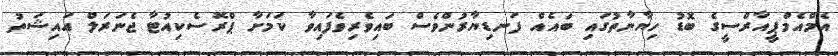
އެމްއެމްޕީއާރްސީގެ ބޮޑު ހިޔާނާތުގައި ބައެއް ފަނޑިޔާރުންވެސް ބައިވެރިވެފައިވާ ކަމަށާ ޕްރޮސެކިއުޓާ ޖެނަރަލް އައިޝަތު